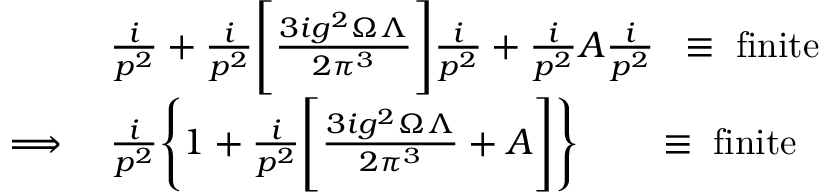
\begin{array} { r l } & { \frac { i } { p ^ { 2 } } + \frac { i } { p ^ { 2 } } \Bigg [ \frac { 3 i g ^ { 2 } \Omega \Lambda } { 2 \pi ^ { 3 } } \Bigg ] \frac { i } { p ^ { 2 } } + \frac { i } { p ^ { 2 } } A \frac { i } { p ^ { 2 } } \; \; \equiv \; \mathrm { f i n i t e } } \\ { \implies } & { \frac { i } { p ^ { 2 } } \Bigg \{ 1 + \frac { i } { p ^ { 2 } } \Bigg [ \frac { 3 i g ^ { 2 } \Omega \Lambda } { 2 \pi ^ { 3 } } + A \Bigg ] \Bigg \} \qquad \equiv \; \mathrm { f i n i t e } } \end{array}